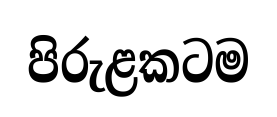
පිරුළකටම